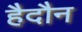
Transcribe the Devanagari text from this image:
हैदौन